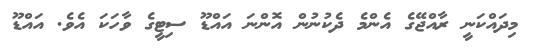
މިދައްކަނީ ރާއްޖޭގެ އެންމެ ދެކުނުން އޮންނަ އައްޑޫ ސިޓީގެ ވާހަކަ އެެވެ. އައްޑޫ